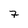
Character: 7